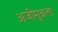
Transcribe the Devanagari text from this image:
अजीमुन्नला